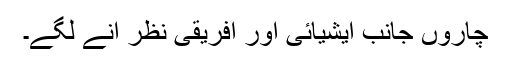
چاروں جانب ایشیائی اور افریقی نظر آنے لگے۔